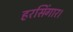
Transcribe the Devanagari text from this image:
हरसिंगार।